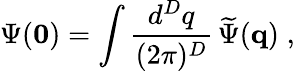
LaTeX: \Psi({\mathbf 0})=\int\frac{d^{{D}}q}{(2\pi)^{{D}}}\, \widetilde{\Psi}({\mathbf q})\; ,